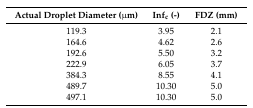
| Actual Droplet Diameter (μm) | Infc (-) | FDZ (mm) |
 | --- | --- | --- |
 | 119.3 | 3.95 | 2.1 |
 | 164.6 | 4.62 | 2.6 |
 | 192.6 | 5.50 | 3.2 |
 | 222.9 | 6.05 | 3.7 |
 | 384.3 | 8.55 | 4.1 |
 | 489.7 | 10.30 | 5.0 |
 | 497.1 | 10.30 | 5.0 |